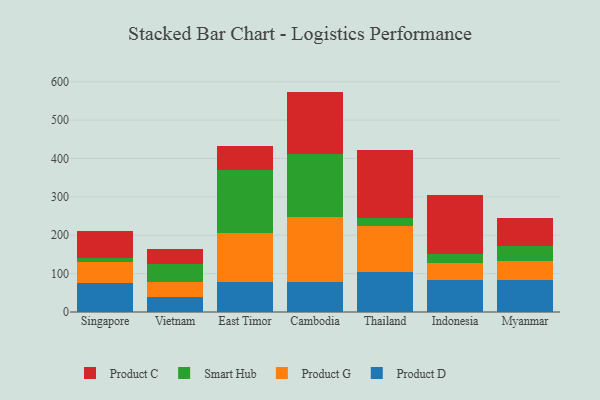
{"axis": {"x": "Country", "y": "Latency (ms)"}, "legend": ["Product C", "Product D", "Product G", "Smart Hub"], "data": [{"x": "Singapore", "y": 74.5, "type": "Product D"}, {"x": "Singapore", "y": 55.3, "type": "Product G"}, {"x": "Singapore", "y": 10.0, "type": "Smart Hub"}, {"x": "Singapore", "y": 71.3, "type": "Product C"}, {"x": "Vietnam", "y": 39.9, "type": "Product D"}, {"x": "Vietnam", "y": 39.5, "type": "Product G"}, {"x": "Vietnam", "y": 46.3, "type": "Smart Hub"}, {"x": "Vietnam", "y": 39.6, "type": "Product C"}, {"x": "East Timor", "y": 78.7, "type": "Product D"}, {"x": "East Timor", "y": 126.8, "type": "Product G"}, {"x": "East Timor", "y": 165.3, "type": "Smart Hub"}, {"x": "East Timor", "y": 60.6, "type": "Product C"}, {"x": "Cambodia", "y": 78.2, "type": "Product D"}, {"x": "Cambodia", "y": 169.9, "type": "Product G"}, {"x": "Cambodia", "y": 163.7, "type": "Smart Hub"}, {"x": "Cambodia", "y": 162.4, "type": "Product C"}, {"x": "Thailand", "y": 104.0, "type": "Product D"}, {"x": "Thailand", "y": 118.9, "type": "Product G"}, {"x": "Thailand", "y": 21.4, "type": "Smart Hub"}, {"x": "Thailand", "y": 178.9, "type": "Product C"}, {"x": "Indonesia", "y": 82.4, "type": "Product D"}, {"x": "Indonesia", "y": 46.1, "type": "Product G"}, {"x": "Indonesia", "y": 21.9, "type": "Smart Hub"}, {"x": "Indonesia", "y": 153.7, "type": "Product C"}, {"x": "Myanmar", "y": 83.8, "type": "Product D"}, {"x": "Myanmar", "y": 48.2, "type": "Product G"}, {"x": "Myanmar", "y": 39.0, "type": "Smart Hub"}, {"x": "Myanmar", "y": 74.4, "type": "Product C"}]}